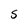
Character: S